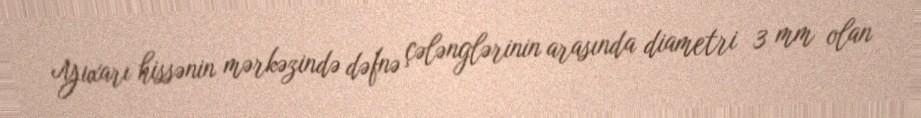
Yuxarı hissənin mərkəzində dəfnə çələnglərinin arasında diametri 3 mm olan